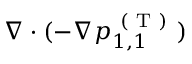
\nabla \cdot ( - \nabla p _ { 1 , 1 } ^ { \mathrm { ~ ( ~ T ~ ) ~ } } )